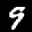
Label: 9